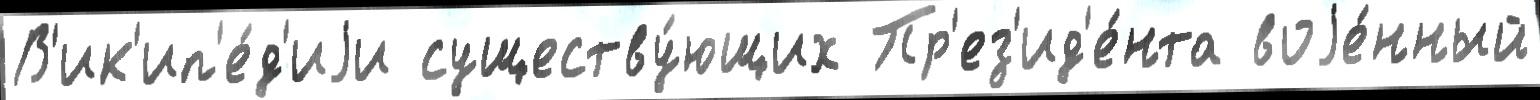
В'ик'ип'е́д'иjи существу́ющих Пр'ез'ид'е́нта воjе́нный